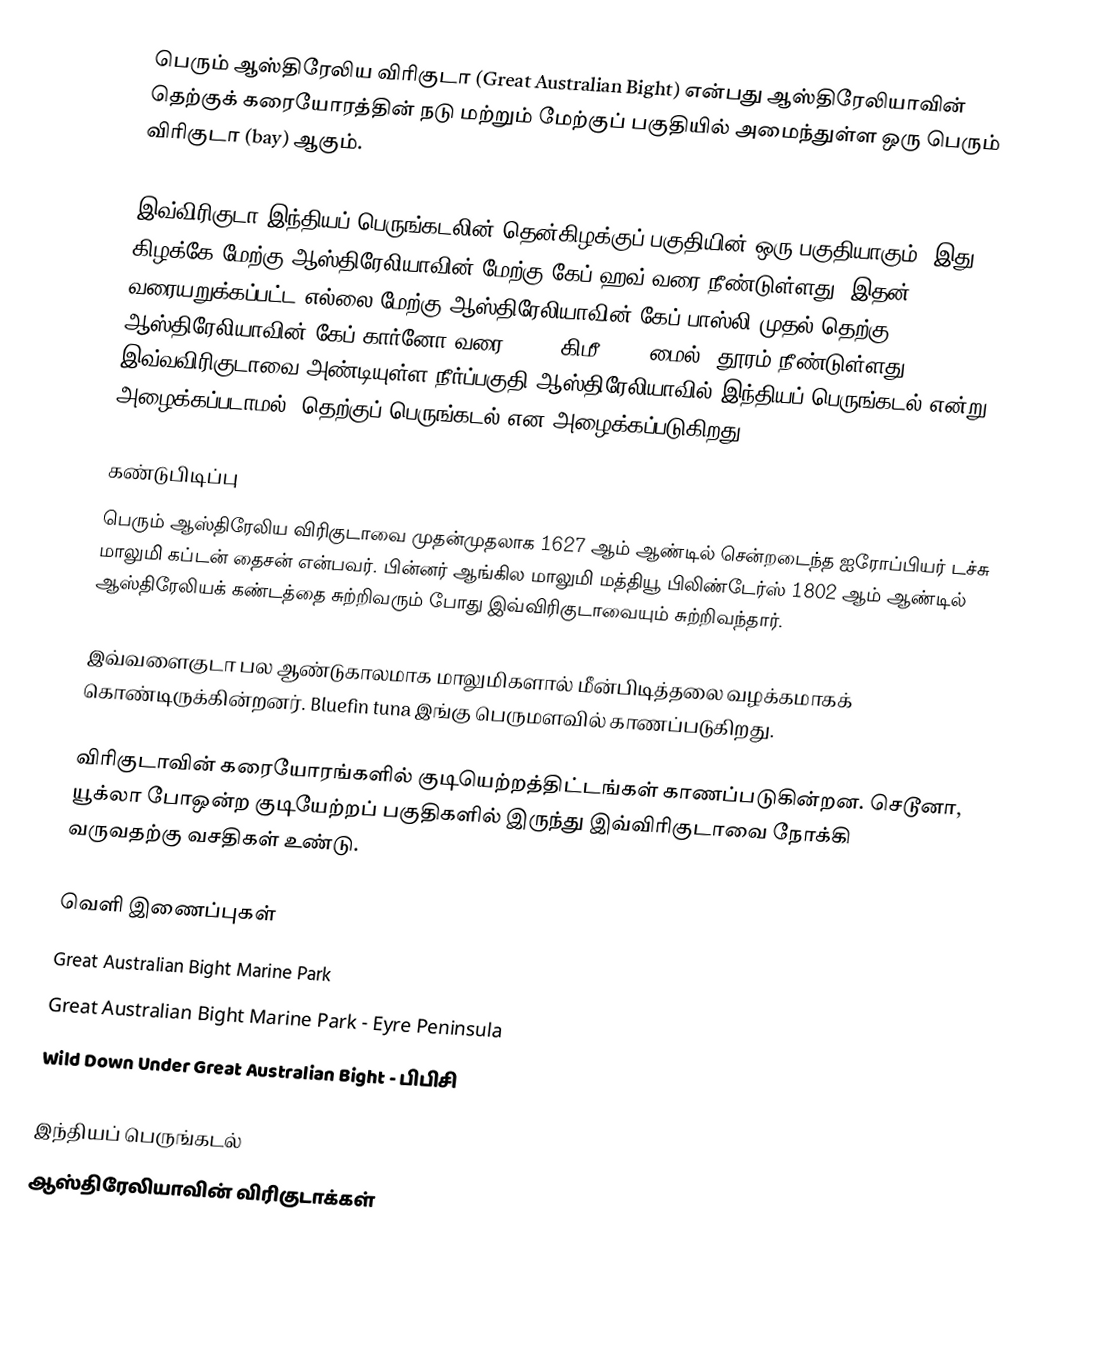
பெரும் ஆஸ்திரேலிய விரிகுடா (Great Australian Bight) என்பது ஆஸ்திரேலியாவின் தெற்குக் கரையோரத்தின் நடு மற்றும் மேற்குப் பகுதியில் அமைந்துள்ள ஒரு பெரும் விரிகுடா (bay) ஆகும்.

இவ்விரிகுடா இந்தியப் பெருங்கடலின் தென்கிழக்குப் பகுதியின் ஒரு பகுதியாகும். இது கிழக்கே மேற்கு ஆஸ்திரேலியாவின் மேற்கு கேப் ஹவ் வரை நீண்டுள்ளது. இதன் வரையறுக்கப்பட்ட எல்லை மேற்கு ஆஸ்திரேலியாவின் கேப் பாஸ்லி முதல் தெற்கு ஆஸ்திரேலியாவின் கேப் கார்னோ வரை 1,160 கிமீ (720 மைல்) தூரம் நீண்டுள்ளது. இவ்வவிரிகுடாவை அண்டியுள்ள நீர்ப்பகுதி ஆஸ்திரேலியாவில் இந்தியப் பெருங்கடல் என்று அழைக்கப்படாமல், தெற்குப் பெருங்கடல் என அழைக்கப்படுகிறது.

கண்டுபிடிப்பு
பெரும் ஆஸ்திரேலிய விரிகுடாவை முதன்முதலாக 1627 ஆம் ஆண்டில் சென்றடைந்த ஐரோப்பியர் டச்சு மாலுமி கப்டன் தைசன் என்பவர். பின்னர் ஆங்கில மாலுமி மத்தியூ பிலிண்டேர்ஸ் 1802 ஆம் ஆண்டில் ஆஸ்திரேலியக் கண்டத்தை சுற்றிவரும் போது இவ்விரிகுடாவையும் சுற்றிவந்தார்.

இவ்வளைகுடா பல ஆண்டுகாலமாக மாலுமிகளால் மீன்பிடித்தலை வழக்கமாகக் கொண்டிருக்கின்றனர். Bluefin tuna இங்கு பெருமளவில் காணப்படுகிறது.

விரிகுடாவின் கரையோரங்களில் குடியெற்றத்திட்டங்கள் காணப்படுகின்றன. செடூனா, யூக்லா போஒன்ற குடியேற்றப் பகுதிகளில் இருந்து இவ்விரிகுடாவை நோக்கி வருவதற்கு வசதிகள் உண்டு.

வெளி இணைப்புகள்
Great Australian Bight Marine Park
Great Australian Bight Marine Park - Eyre Peninsula
Wild Down Under Great Australian Bight -  பிபிசி

இந்தியப் பெருங்கடல்
ஆஸ்திரேலியாவின் விரிகுடாக்கள்